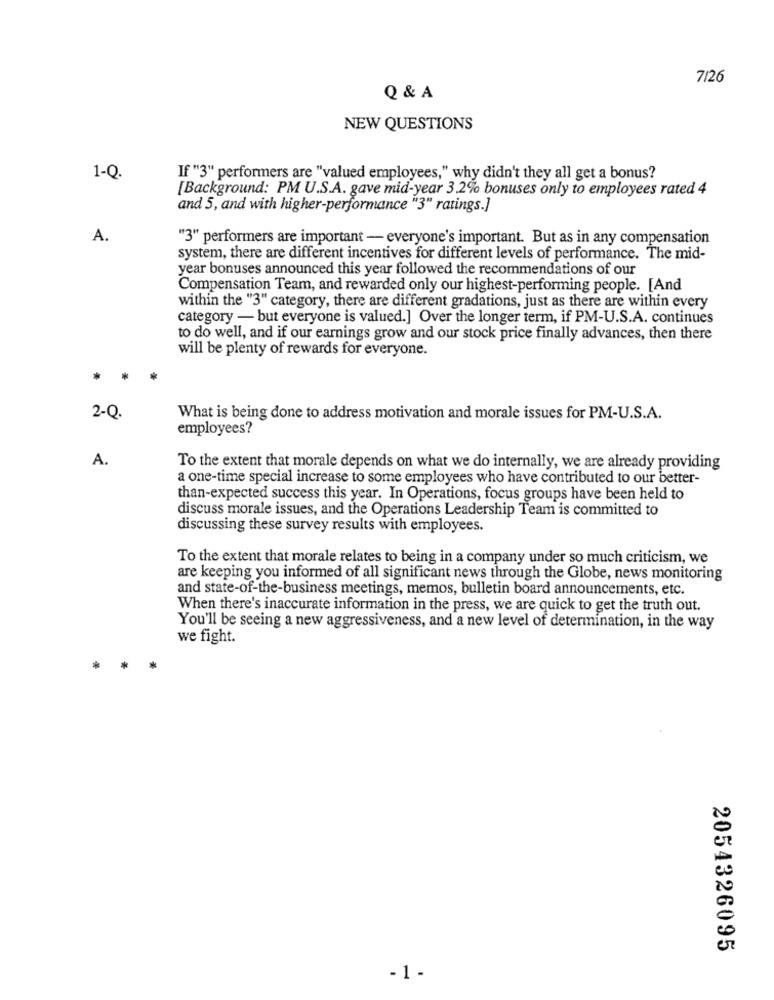
7126
Q & A
NEW QUESTIONS
1-Q.
If "3" performers are "valued employees," why didn't they all get a bonus?
[Background: PM U.S.A. gave mid-year 3.2% bonuses only to employees rated 4
and 5, and with higher-performance "3" ratings.]
A.
"3" performers are important - everyone's important. But as in any compensation
system, there are different incentives for different levels of performance. The mid-
year bonuses announced this year followed the recommendations of our
Compensation Team, and rewarded only our highest-performing people. [And
within the "3" category, there are different gradations, just as there are within every
category - but everyone is valued.] Over the longer term, if PM-U.S.A. continues
to do well, and if our earnings grow and our stock price finally advances, then there
will be plenty of rewards for everyone.
*
2-Q.
What is being done to address motivation and morale issues for PM-U.S.A.
employees?
A.
To the extent that morale depends on what we do internally, we are already providing
a one-time special increase to some employees who have contributed to our better-
than-expected success this year. In Operations, focus groups have been held to
discuss morale issues, and the Operations Leadership Team is committed to
discussing these survey results with employees.
To the extent that morale relates to being in a company under so much criticism, we
are keeping you informed of all significant news through the Globe, news monitoring
and state-of-the-business meetings, memos, bulletin board announcements, etc.
When there's inaccurate information in the press, we are quick to get the truth out.
You'll be seeing a new aggressiveness, and a new level of determination, in the way
we fight.
2054326095
-1 -